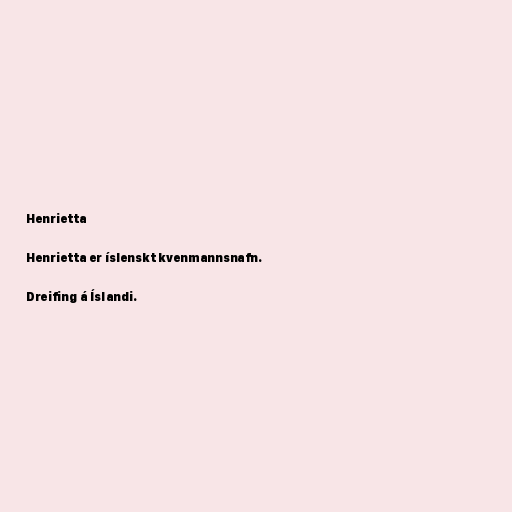
Henrietta

Henrietta er íslenskt kvenmannsnafn.

Dreifing á Íslandi.